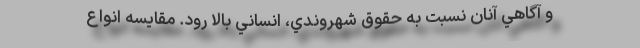
و آگاهي آنان نسبت به حقوق شهروندي، انساني بالا رود. مقایسه انواع